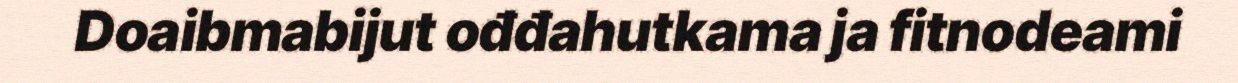
Doaibmabijut ođđahutkama ja fitnodeami